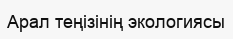
Арал теңізінің экологиясы